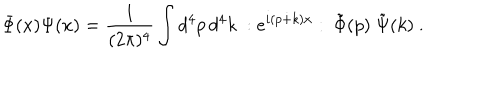
LaTeX: \Phi ( x ) \Psi ( x ) = \frac { 1 } { ( 2 \pi ) ^ { 4 } } \int d ^ { 4 } p \, d ^ { 4 } k ~ : e ^ { i ( p \dot { + } k ) x } : ~ \tilde { \Phi } ( p ) ~ \tilde { \Psi } ( k ) ~ .